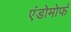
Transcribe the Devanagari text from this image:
एंडोमोर्फ